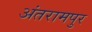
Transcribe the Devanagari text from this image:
अंतरामपुर